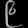
Digit: ၉